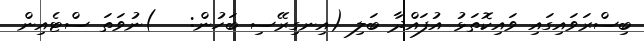
ބިސްރަވައިގައި ވައިކޮތަޅު އުފައްދާ ބަލި (އިނގިރޭސި ބަހުން:   )ނުވަތަ ސްޓެއިން